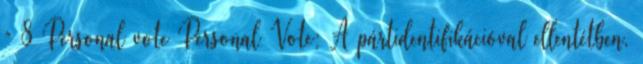
” 8 Personal vote Personal Vote: A pártidentifikációval ellentétben,